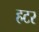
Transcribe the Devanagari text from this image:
हटर